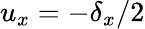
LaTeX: u_{x}=-\delta_{x}/2